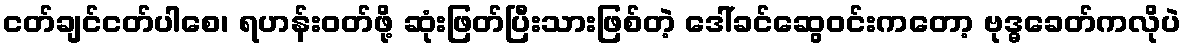
ငတ်ချင်ငတ်ပါစေ၊ ရဟန်းဝတ်ဖို့ ဆုံးဖြတ်ပြီးသားဖြစ်တဲ့ ဒေါ်ခင်ဆွေဝင်းကတော့ ဗုဒ္ဓခေတ်ကလိုပဲ